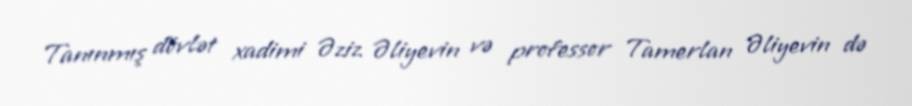
Tanınmış dövlət xadimi Əziz Əliyevin və professor Tamerlan Əliyevin də